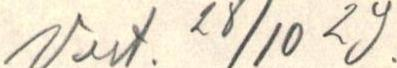
Vast. 28/10 29.